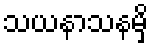
သယနာသနမှိ